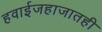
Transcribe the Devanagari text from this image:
हवाईजहाजातही